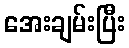
အေးချမ်းပြီး